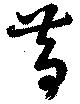
昔